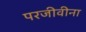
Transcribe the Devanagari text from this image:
परजीवीना